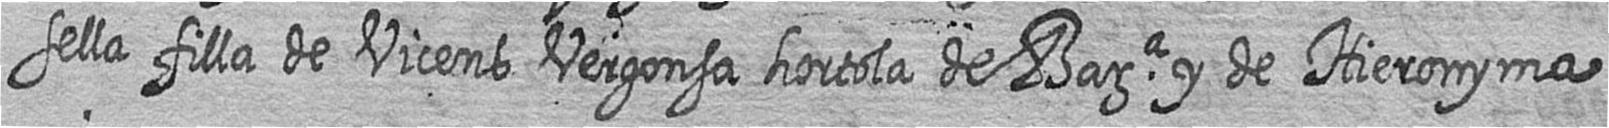
sella filla de Vicens Vergonsa hortola de Bara y de Hieronyma